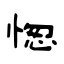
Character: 愡